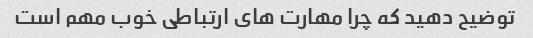
توضیح دهید که چرا مهارت های ارتباطی خوب مهم است